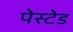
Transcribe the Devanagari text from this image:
पेस्टेड